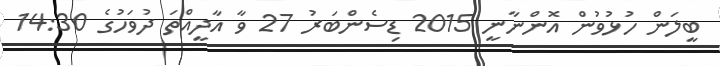
ބީލަން ހުޅުވުން އޮންނާނީ 2015 ޑިސެންބަރު 27 ވާ އާދީއްތަ ދުވަހުގެ 14:30